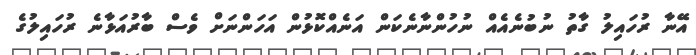
އޭނާ ރުހައިލު ގާތު ނުބުނެއެއް ނުހުންނާނެކަން އަނެއްކޮޅުން އަހަންނަށް ވެސް ބާރުއަޅާނެ ރުހައިލުގެ